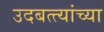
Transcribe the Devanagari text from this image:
उदबत्त्यांच्या